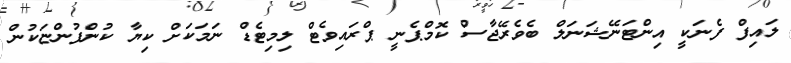
ލައިފް ފެނަކީ އިންޓަނޭޝަނަލް ބެވެރޭޖާސް ކޮމްޕެނީ ޕްރައިވެޓް ލިމިޓެޑް ނަމަކަށް ކިޔާ ކުންފުންޏަކުން